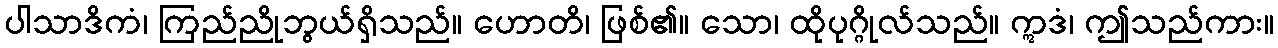
ပါသာဒိကံ၊ ကြည်ညိုဘွယ်ရှိသည်။ ဟောတိ၊ ဖြစ်၏။ သော၊ ထိုပုဂ္ဂိုလ်သည်။ ဣဒံ၊ ဤသည်ကား။